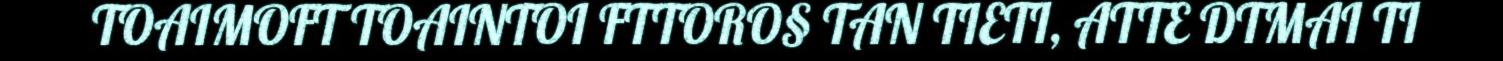
TOAIMOFT TOAINTOI FTTORO§ TAN TIETI, ATTE DTMAI TI